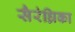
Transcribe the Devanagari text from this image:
सैरंध्रिका